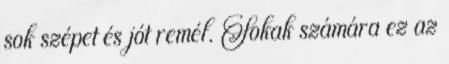
sok szépet és jót remél. Sokak számára ez az